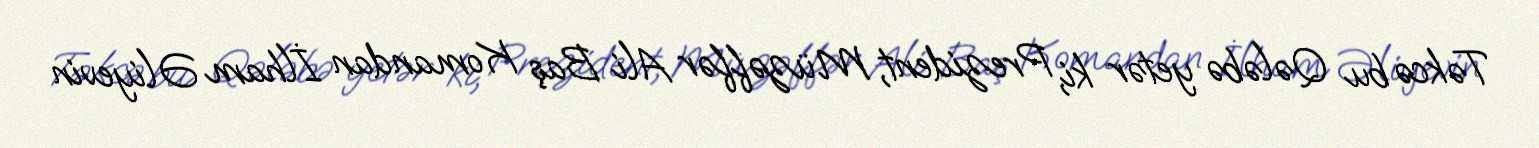
Təkcə bu Qələbə yetər ki, Prezident, Müzəffər Ali Baş Komandan İlham Əliyevin